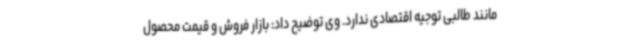
مانند طالبی توجیه اقتصادی ندارد. وی توضیح داد: بازار فروش و قیمت محصول